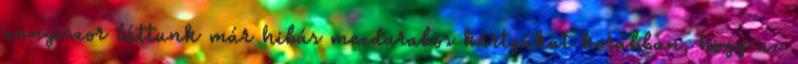
annyiszor láttunk már hibás mezdarabos kártyákat korábban, hogy az